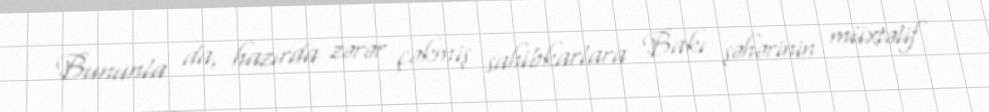
Bununla da, hazırda zərər çəkmiş sahibkarlara Bakı şəhərinin müxtəlif